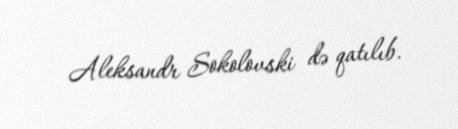
Aleksandr Sokolovski də qatılıb.